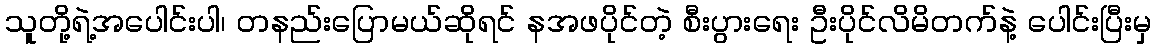
သူတို့ရဲ့အပေါင်းပါ၊ တနည်းပြောမယ်ဆိုရင် နအဖပိုင်တဲ့ စီးပွားရေး ဦးပိုင်လိမိတက်နဲ့ ပေါင်းပြီးမှ